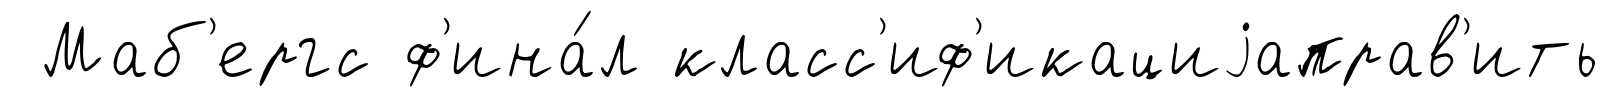
Маб'ергс ф'ина́л класс'иф'икациjаправ'ить